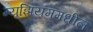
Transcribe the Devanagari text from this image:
म्यूझियममधील